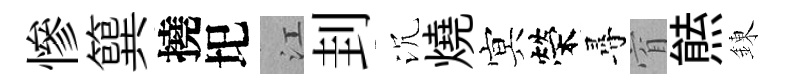
慘簨撓圯江刲沉燒㝠榮尋窅㷱錬